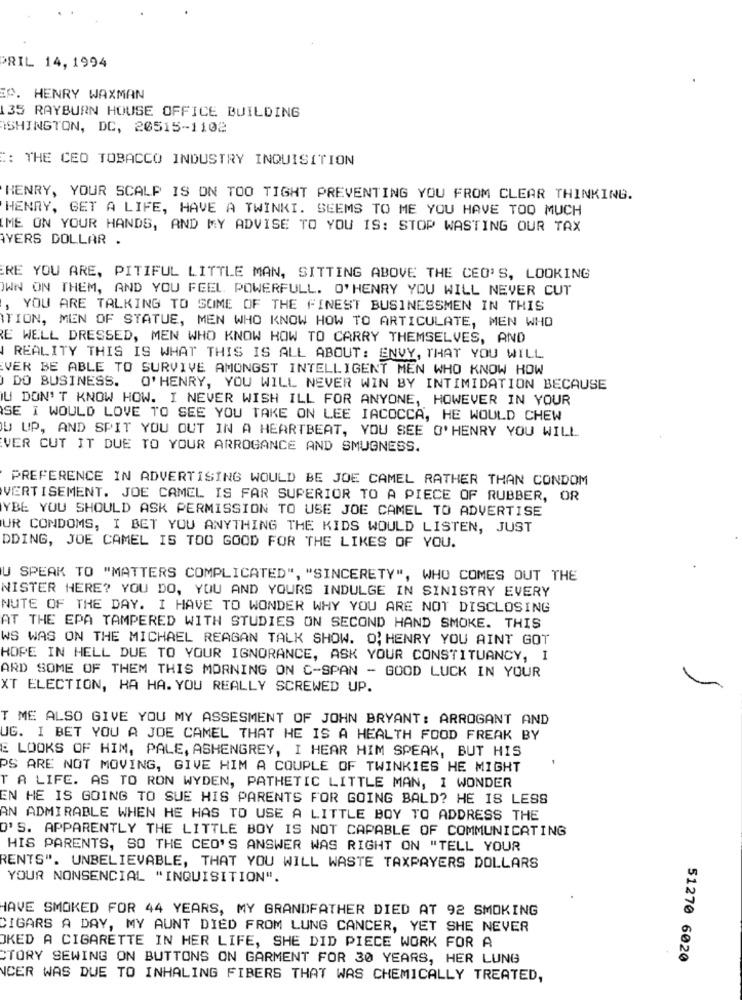
PRIL 14, 1994
O. HENRY WAXMAN
135 RAYBURN HOUSE OFFICE BUILDING
SHINGTON, DC, 20515-1102
:: THE CEO TOBACCO INDUSTRY INQUISITION
HENRY, YOUR SCALP IS ON TOO TIGHT PREVENTING YOU FROM CLEAR THINKING.
HENRY, GET A LIFE, HAVE A TWINKI. SEEMS TO ME YOU HAVE TOO MUCH
ME ON YOUR HANDS, AND MY ADVISE TO YOU IS: STOP WASTING OUR TAX
AYERS DOLLAR .
RE YOU ARE, PITIFUL LITTLE MAN, SITTING ABOVE THE CEO'S, LOOKING
OWN ON THEM, AND YOU FEEL. POWERFULL. O'HENRY YOU WILL NEVER CUT
, YOU ARE TALKING TO SOME OF THE FINEST BUSINESSMEN IN THIS
TION, MEN OF STATUE, MEN WHO KNOW HOW TO ARTICULATE, MEN WHO
RE WELL DRESSED, MEN WHO KNOW HOW TO CARRY THEMSELVES, AND
REALITY THIS IS WHAT THIS IS ALL ABOUT: ENVY, THAT YOU WILL
EVER BE ABLE TO SURVIVE AMONGST INTELLIGENT MEN WHO KNOW HOW
DO BUSINESS.
O'HENRY, YOU WILL NEVER WIN BY INTIMIDATION BECAUSE
U DON'T KNOW HOW. I NEVER WISH ILL FOR ANYONE, HOWEVER IN YOUR
SE I WOULD LOVE TO SEE YOU TAKE ON LEE IACOCCA, HE WOULD CHEW
U UP, AND SPIT YOU OUT IN A HEARTBEAT, YOU SEE O'HENRY YOU WILL
VER CUT IT DUE TO YOUR ARROGANCE AND SMUGNESS.
PREFERENCE IN ADVERTISING WOULD BE JOE CAMEL RATHER THAN CONDOM
VERTISEMENT. JOE CAMEL IS FAR SUPERIOR TO A PIECE OF RUBBER, OR
YBE YOU SHOULD ASK PERMISSION TO USE JOE CAMEL TO ADVERTISE
UR CONDOMS, I BET YOU ANYTHING THE KIDS WOULD LISTEN, JUST
DDING, JOE CAMEL IS TOO GOOD FOR THE LIKES OF YOU.
U SPEAK TO "MATTERS COMPLICATED", "SINCERETY", WHO COMES OUT THE
NISTER HERE? YOU DO, YOU AND YOURS INDULGE IN SINISTRY EVERY
NUTE OF THE DAY. I HAVE TO WONDER WHY YOU ARE NOT DISCLOSING
AT THE EPA TAMPERED WITH STUDIES ON SECOND HAND SMOKE. THIS
WS WAS ON THE MICHAEL REAGAN TALK SHOW. O, HENRY YOU AINT GOT
HOPE IN HELL DUE TO YOUR IGNORANCE, ASK YOUR CONSTITUANCY, I
ARD SOME OF THEM THIS MORNING ON C-SPAN - GOOD LUCK IN YOUR
XT ELECTION, HA HA. YOU REALLY SCREWED UP.
T ME ALSO GIVE YOU MY ASSESMENT OF JOHN BRYANT: ARROGANT AND
UG. I BET YOU A JOE CAMEL THAT HE IS A HEALTH FOOD FREAK BY
E LOOKS OF HIM, PALE, ASHENGREY, I HEAR HIM SPEAK, BUT HIS
PS ARE NOT MOVING, GIVE HIM A COUPLE OF TWINKIES HE MIGHT
T A LIFE. AS TO RON WYDEN, PATHETIC LITTLE MAN, I WONDER
EN HE IS GOING TO SUE HIS PARENTS FOR GOING BALD? HE IS LESS
AN ADMIRABLE WHEN HE HAS TO USE A LITTLE BOY TO ADDRESS THE
O'S. APPARENTLY THE LITTLE BOY IS NOT CAPABLE OF COMMUNICATING
HIS PARENTS, SO THE CEO'S ANSWER WAS RIGHT ON "TELL YOUR
RENTS". UNBELIEVABLE, THAT YOU WILL WASTE TAXPAYERS DOLLARS
YOUR NONSENCIAL "INQUISITION".
HAVE SMOKED FOR 44 YEARS, MY GRANDFATHER DIED AT 92 SMOKING
CIGARS A DAY, MY AUNT DIED FROM LUNG CANCER, YET SHE NEVER
OKED A CIGARETTE IN HER LIFE, SHE DID PIECE WORK FOR A
CTORY SEWING ON BUTTONS ON GARMENT FOR 30 YEARS, HER LUNG
51270 6020
NCER WAS DUE TO INHALING FIBERS THAT WAS CHEMICALLY TREATED,